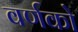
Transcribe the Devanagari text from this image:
वर्णको